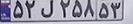
۵۲ل۲۵۸۵۳